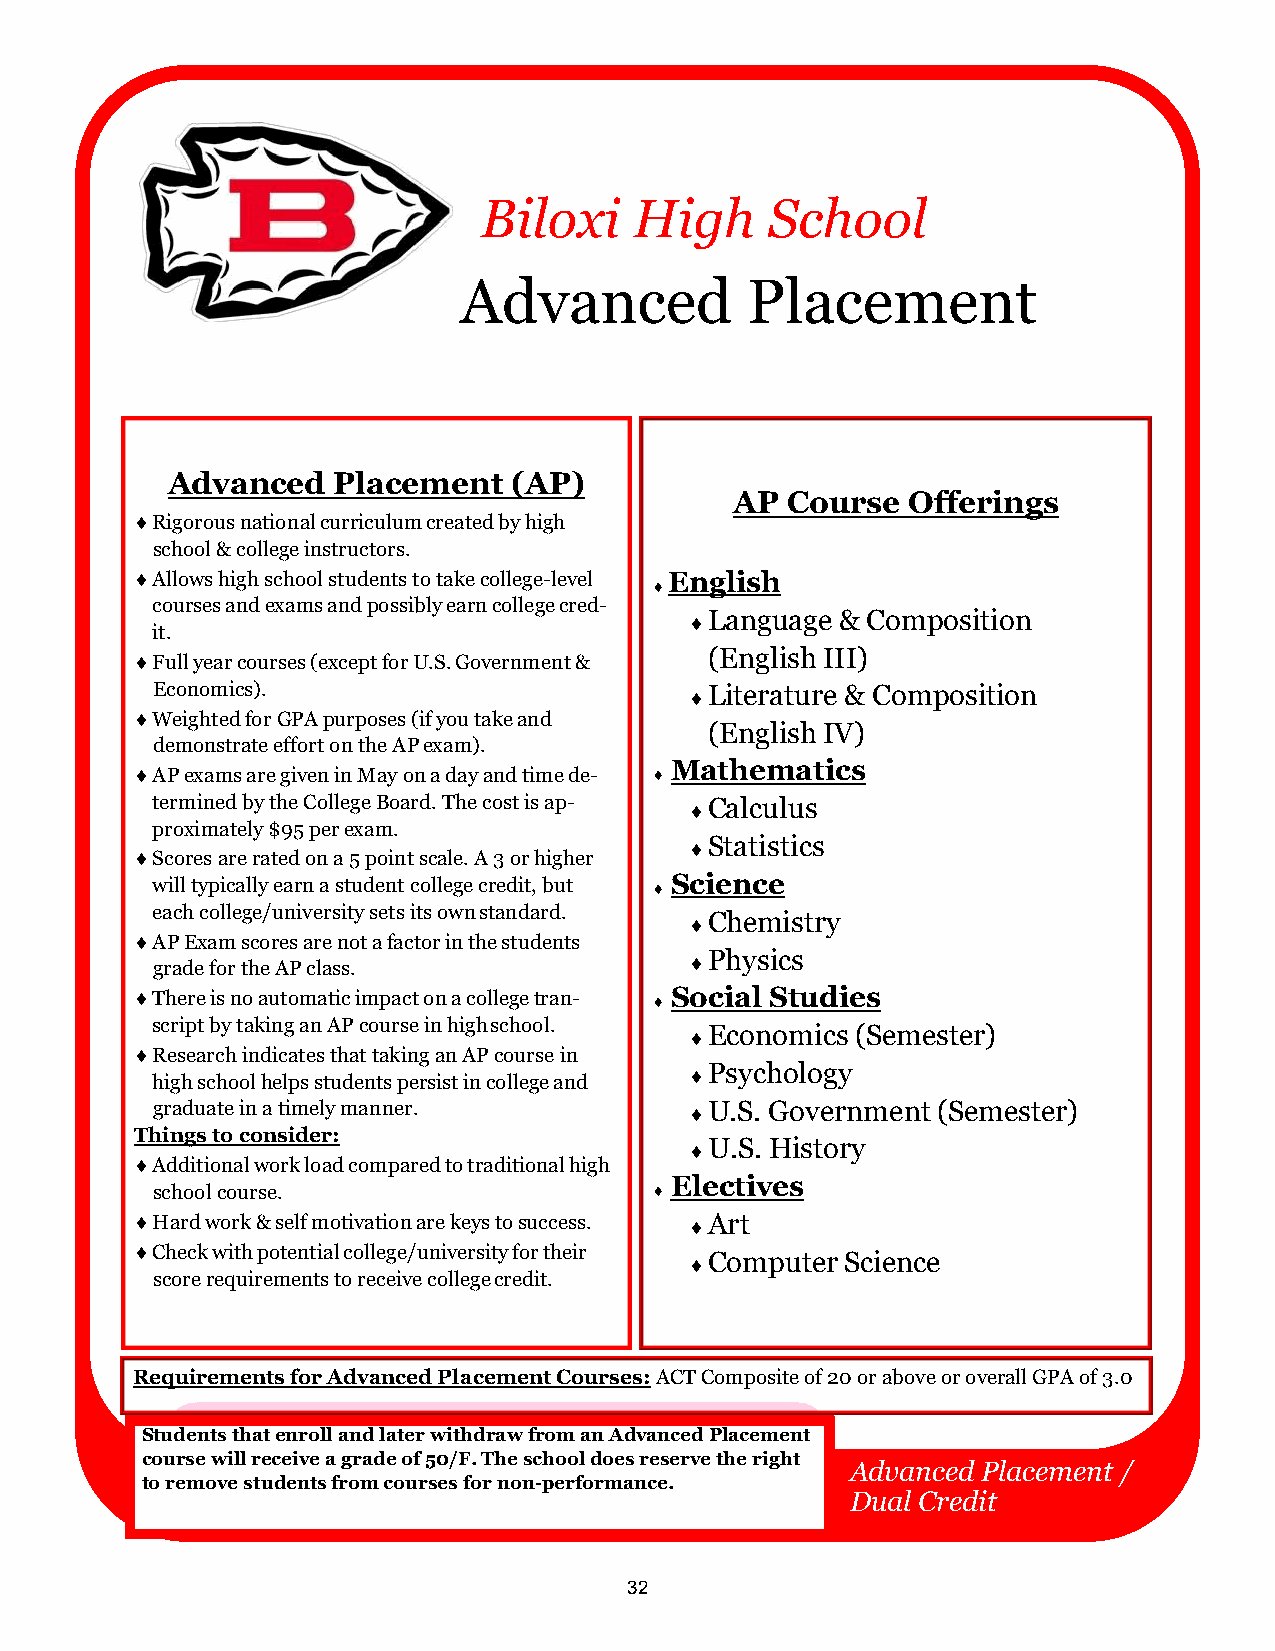
Biloxi    High     School
 Advanced           Placement
 Advanced   Placement   (AP)
 AP Course  Offerings
 ♦ Rigorous national curriculum created by high
 school & college instructors.
 ♦ Allows high school students to take college-level English
 ♦
 courses and exams and possibly earn college cred-
 ♦ Language & Composition
 it.
 ♦ Full year courses (except for U.S. Government & (English III)
 Economics).                         ♦ Literature & Composition
 ♦ Weighted for GPA purposes (if you take and
 (English IV)
 demonstrate effort on the AP exam).
 ♦ AP exams are given in May on a day and time de- ♦ Mathematics
 termined by the College Board. The cost is ap- ♦ Calculus
 proximately $95 per exam.
 ♦ Statistics
 ♦ Scores are rated on a 5 point scale. A 3 or higher
 will typically earn a student college credit, but ♦ Science
 each college/university sets its own standard.
 ♦ Chemistry
 ♦ AP Exam scores are not a factor in the students
 grade for the AP class.
 ♦ Physics
 ♦ There is no automatic impact on a college tran- ♦ Social Studies
 script by taking an AP course in high school.
 ♦ Economics (Semester)
 ♦ Research indicates that taking an AP course in
 high school helps students persist in college and
 ♦ Psychology
 graduate in a timely manner.        ♦ U.S. Government (Semester)
 Things to consider:
 ♦ U.S. History
 ♦ Additional work load compared to traditional high
 Electives
 school course.                   ♦
 ♦ Hard work & self motivation are keys to success. ♦ Art
 ♦ Check with potential college/university for their
 ♦ Computer Science
 score requirements to receive college credit.
 Requirements for Advanced Placement Courses: ACT Composite of 20 or above or overall GPA of 3.0
 Students that enroll and later withdraw from an Advanced Placement
 course will receive a grade of 50/F. The school does reserve the right
 Advanced Placement /
 to remove students from courses for non-performance.
 Dual Credit
 32